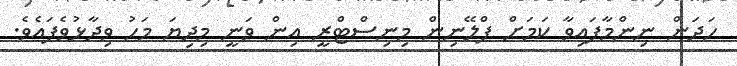
ހަދަން ނިންމާފައިވާ ކަމަށް ޕްލޭނިން މިނިސްޓްރީ އިން ވަނީ މިދިޔަ މަހު ވިދާޅުވެފައެވެ.